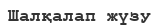
Шалқалап жүзу